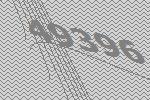
49396